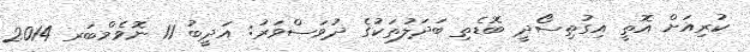
ކުރިއަށް އޮތީ އިގުތިސޯދީ ބޮޑެތި ބަދަލުތަކުގެ ދުވަސްވަރު: އަދީބު 11 ނޮވެމްބަރ 2014